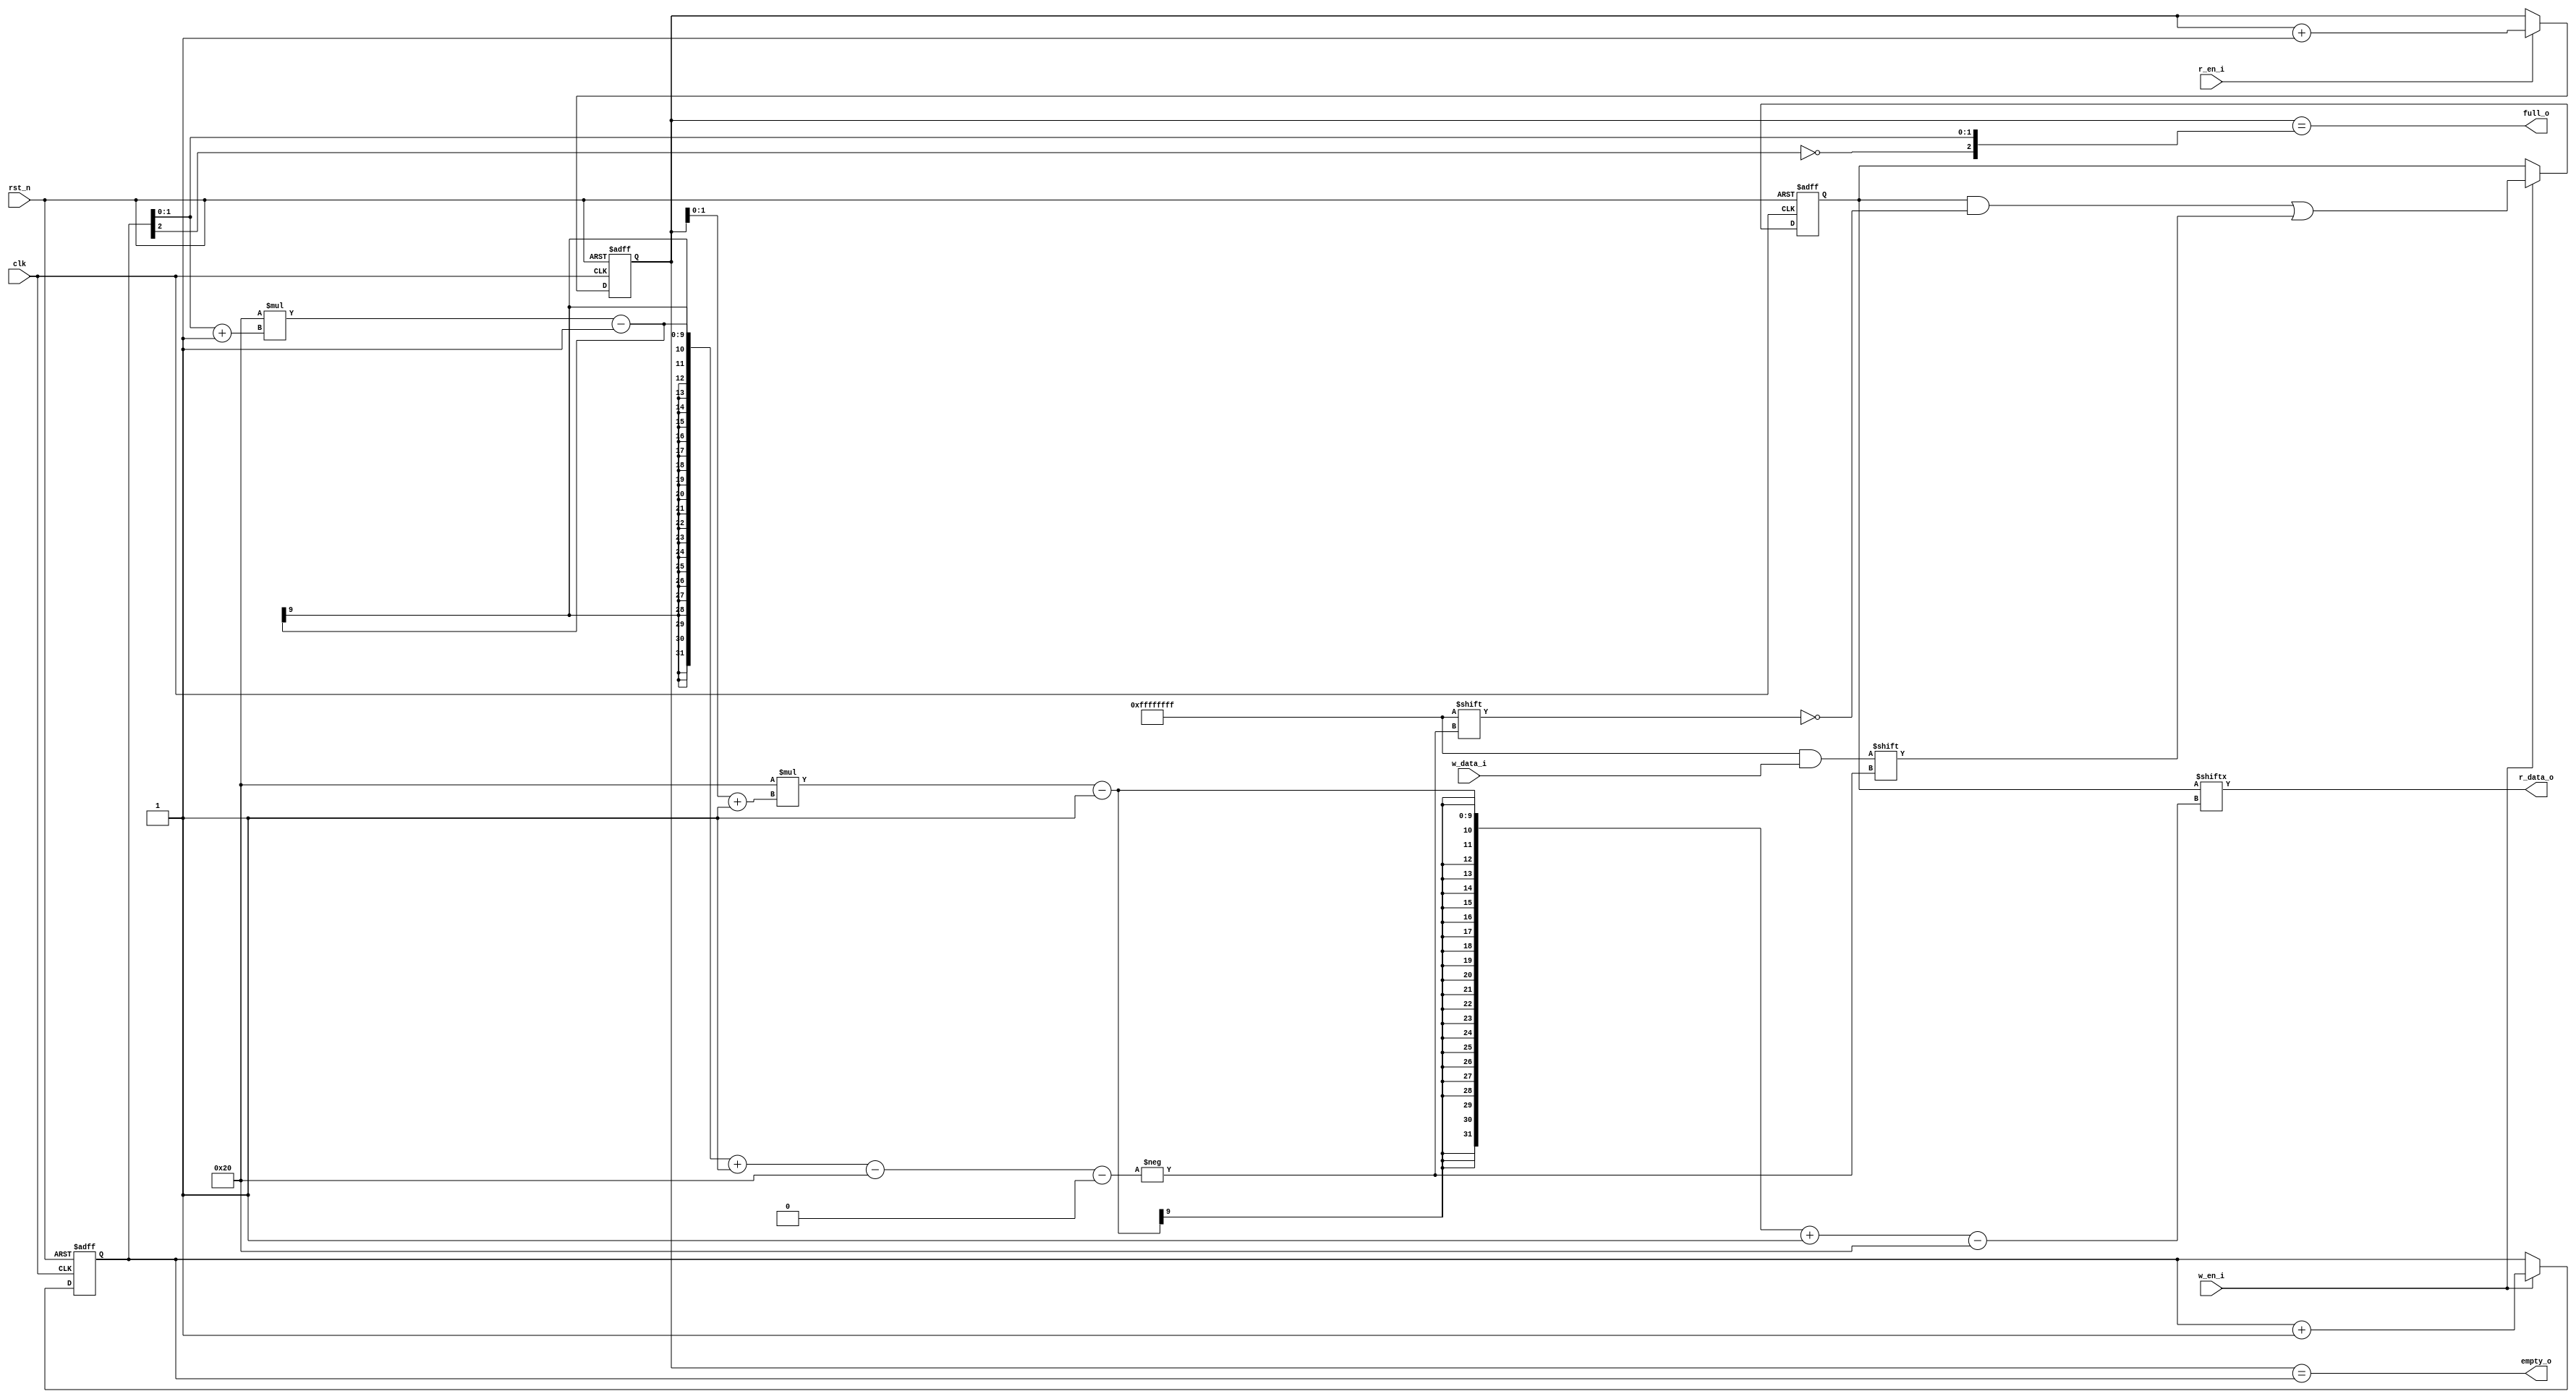
/*
 * Copyright (c) 2023-2024 C*Core Technology Co.,Ltd,Suzhou.
 * Ventus-RTL is licensed under Mulan PSL v2.
 * You can use this software according to the terms and conditions of the Mulan PSL v2.
 * You may obtain a copy of Mulan PSL v2 at:
 *          http://license.coscl.org.cn/MulanPSL2
 * THIS SOFTWARE IS PROVIDED ON AN "AS IS" BASIS, WITHOUT WARRANTIES OF ANY KIND,
 * EITHER EXPRESS OR IMPLIED, INCLUDING BUT NOT LIMITED TO NON-INFRINGEMENT,
 * MERCHANTABILITY OR FIT FOR A PARTICULAR PURPOSE.
 * See the Mulan PSL v2 for more details. */
// Description:Synchronous fifo,fifo's depth can't be zero.

`timescale 1ns/1ns

module fifo #(
  parameter DATA_WIDTH = 32,
  parameter FIFO_DEPTH = 4  //can't be zero 
  )
  (
  input                   clk     ,
  input                   rst_n   ,
  input                   w_en_i  ,
  input                   r_en_i  ,
  input  [DATA_WIDTH-1:0] w_data_i,
  output [DATA_WIDTH-1:0] r_data_o,
  output                  full_o  ,
  output                  empty_o
  );

  localparam ADDR_WIDTH = (FIFO_DEPTH == 1) ? 1 : $clog2(FIFO_DEPTH);
  
  //reg [DATA_WIDTH-1:0] dual_port_ram [0:FIFO_DEPTH-1];
  reg [FIFO_DEPTH*DATA_WIDTH-1:0] dual_port_ram;
  reg [ADDR_WIDTH:0] w_ptr,r_ptr;
  wire [ADDR_WIDTH-1:0] w_addr,r_addr;

  always @(posedge clk or negedge rst_n) begin
    if(!rst_n) begin
      w_ptr <= 'd0;
    end
    else if(w_en_i) begin
      w_ptr <= (FIFO_DEPTH == 1) ? w_ptr + 2 : w_ptr + 1;
    end
    else begin
      w_ptr <= w_ptr;
    end
  end
  
  always @(posedge clk or negedge rst_n) begin
    if(!rst_n) begin
      r_ptr <= 'd0;
    end
    else if(r_en_i) begin
      r_ptr <= (FIFO_DEPTH == 1) ? r_ptr + 2 : r_ptr + 1;
    end
    else begin
      r_ptr <= r_ptr;
    end
  end
  
  assign w_addr = w_ptr[ADDR_WIDTH-1:0];
  assign r_addr = r_ptr[ADDR_WIDTH-1:0];

  //genvar i; 
  //generate for(i=0;i<FIFO_DEPTH;i=i+1) begin:B1 
  //  always @(posedge clk or negedge rst_n) begin
  //    if(!rst_n) begin
  //      dual_port_ram[i] <= 'd0;
  //    end
  //    else if(w_en_i && !full_o) begin
  //      dual_port_ram[w_addr] <= w_data_i;
  //    end
  //    else begin
  //      dual_port_ram[w_addr] <= dual_port_ram[w_addr];
  //    end
  //  end
  //end  
  //endgenerate
  always @(posedge clk or negedge rst_n) begin
    if(!rst_n) begin
      dual_port_ram <= 'h0;
    end 
    else if(w_en_i /*&& !full_o*/) begin
      dual_port_ram[(DATA_WIDTH*(w_addr+1)-1)-:DATA_WIDTH] <= w_data_i;
    end 
    else begin
      dual_port_ram <= dual_port_ram;
    end 
  end 
  
  assign r_data_o = dual_port_ram[(DATA_WIDTH*(r_addr+1)-1)-:DATA_WIDTH]; 

  assign full_o = (r_ptr == {~w_ptr[ADDR_WIDTH],w_ptr[ADDR_WIDTH-1:0]});
  assign empty_o = (r_ptr == w_ptr);

endmodule